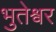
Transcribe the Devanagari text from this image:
भुतेश्वर